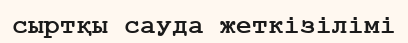
сыртқы сауда жеткізілімі